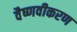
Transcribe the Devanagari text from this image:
वैष्णवीकरण